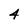
Character: 4